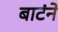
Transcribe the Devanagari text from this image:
बाटंने